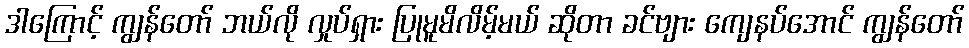
ဒါကြောင့် ကျွန်တော် ဘယ်လို လှုပ်ရှား ပြုမူမိလိမ့်မယ် ဆိုတာ ခင်ဗျား ကျေနပ်အောင် ကျွန်တော်